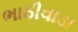
ભાઠીવાડા